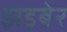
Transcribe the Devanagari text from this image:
झड़बेर